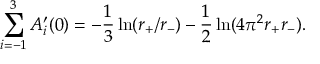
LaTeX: \sum _ { i = - 1 } ^ { 3 } A _ { i } ^ { \prime } ( 0 ) = - { \frac { 1 } { 3 } } \ln ( r _ { + } / r _ { - } ) - { \frac { 1 } { 2 } } \ln ( 4 \pi ^ { 2 } r _ { + } r _ { - } ) .